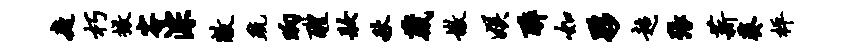
庭朽撤容淙敝疏晌醴妆秋葳嫩娱醉如夥超张薪葵枰